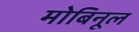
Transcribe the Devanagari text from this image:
मोबिनूल